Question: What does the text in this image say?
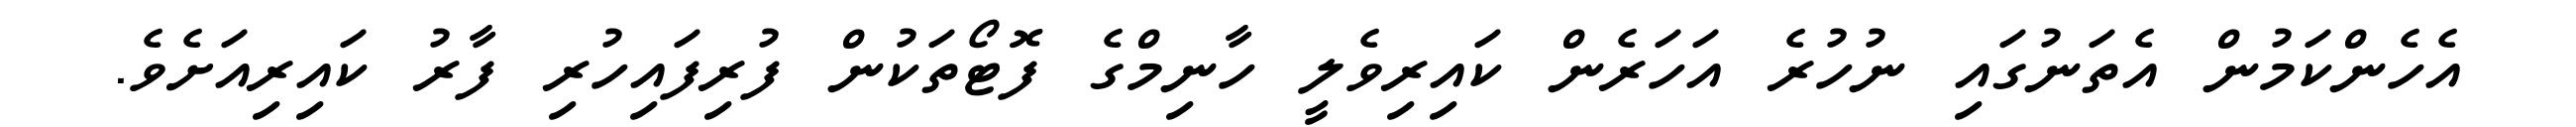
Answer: އެހެންކަމުން އެތަނުގައި ނުހުރެ އަހަރެން ކައިރިވެލީ ހާނިމްގެ ފޮޓޯތަކުން ފުރިފައިހުރި ފާރު ކައިރިއަށެވެ.